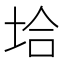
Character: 垥